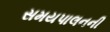
સમયપાલનની